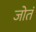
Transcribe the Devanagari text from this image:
जोतं